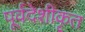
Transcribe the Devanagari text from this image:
पूर्वदेशीकृत